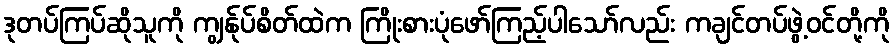
ဒုတပ်ကြပ်ဆိုသူကို ကျွန်ုပ်စိတ်ထဲက ကြိုးစားပုံဖော်ကြည့်ပါသော်လည်း ကချင်တပ်ဖွဲ့ဝင်တို့ကို